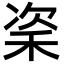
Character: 秶